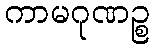
ကာမဂုဏဉ္စ